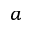
^ a